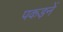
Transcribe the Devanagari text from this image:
पकड़नें